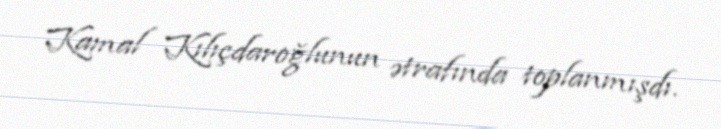
Kamal Kılıçdaroğlunun ətrafında toplanmışdı.